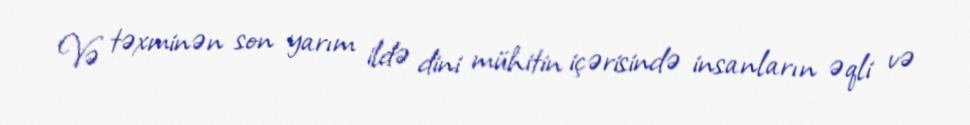
Və təxminən son yarım ildə dini mühitin içərisində insanların əqli və